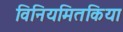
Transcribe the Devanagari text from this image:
विनियमितकिया